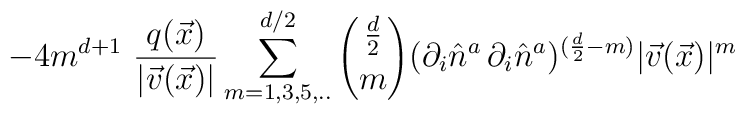
-4 m^{d+1} \, \, \frac{q(\vec{x})}{|\vec{v}(\vec{x})|} \sum_{m=1, 3, 5, . . }^{d/2} {\frac{d}{2} \choose m}(\partial_{i}\hat{n}^{a}\,\partial_{i}\hat{n}^{a})^{(\frac{d}{2} -m)} |\vec{v}(\vec{x})|^{m}